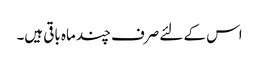
اس کے لئے صرف چند ماہ باقی ہیں۔